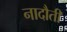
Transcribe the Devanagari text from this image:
नादौती